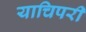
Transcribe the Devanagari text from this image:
याचिपरी